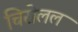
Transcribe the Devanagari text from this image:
चिरोलल